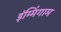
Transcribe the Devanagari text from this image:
इंम्मिंगाम